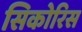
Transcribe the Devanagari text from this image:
सिकोरिस